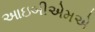
આઇબીએમએ